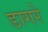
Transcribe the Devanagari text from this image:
डागरे